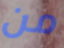
من